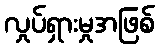
လှုပ်ရှားမှုအဖြစ်